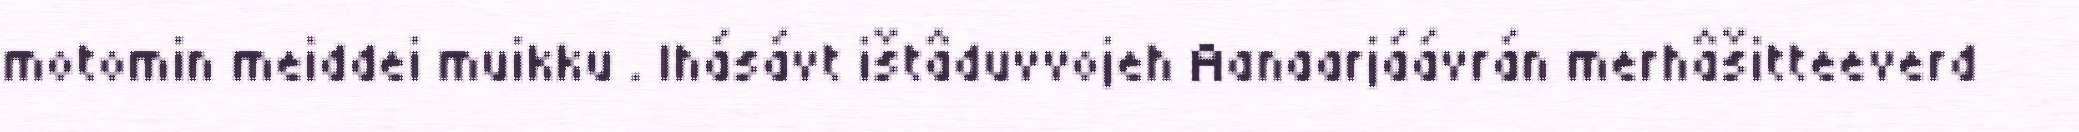
motomin meiddei muikku . Ihásávt ištâduvvojeh Aanaarjáávrán merhâšitteeverd